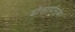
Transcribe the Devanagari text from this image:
डोलार्यामुळे